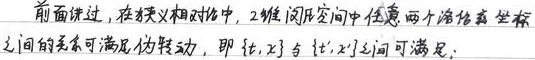
前面讲过，在狭义相对论中，2 维闵氏空间中任意两个洛伦兹坐标之间的关系可满足伪转动，即 \(\{t,x\}\) 与 \(\{t',x'\}\) 之间可满足：